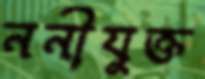
ননীযুক্ত